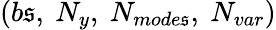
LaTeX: (b\mathfrak{s},\ N_{y},\ N_{mode\mathfrak{s}},\ N_{var})